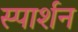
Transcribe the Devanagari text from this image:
स्पार्शन